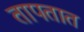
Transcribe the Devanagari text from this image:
तापतात